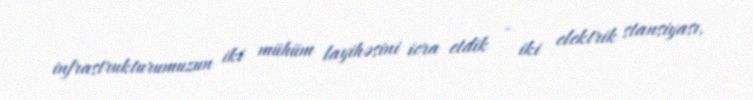
infrastrukturumuzun iki mühüm layihəsini icra etdik - iki elektrik stansiyası,